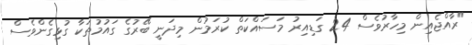
"ރާއްޖެއިން މިހާރުވެސް 24 ގަޑިއިރު މަސައްކަތް ކުރަމުން މިދަނީ ބޭރުގެ ގައުމުތަކާ ގުޅިގެންވެސް